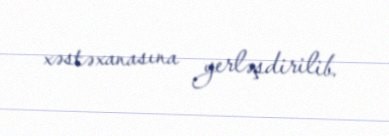
xəstəxanasına yerləşdirilib.